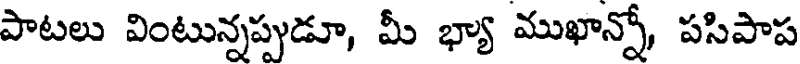
పాటలు వింటున్నప్పుడూ, మీ భ్యా ముఖాన్నో, పసిపాప